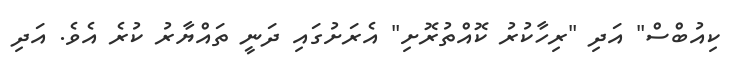
ކިއުބްސް" އަދި "ރިހާކުރު ކޮއްތުރޮށި" އެރަށުގައި ދަނީ ތައްޔާރު ކުރެ އެވެ. އަދި